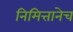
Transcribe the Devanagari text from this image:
निमित्तानेच